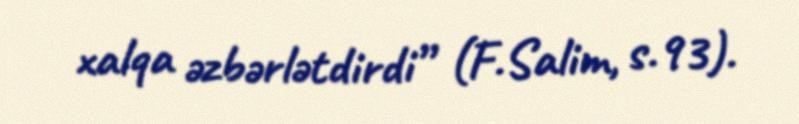
xalqa əzbərlətdirdi” (F.Salim, s.93).